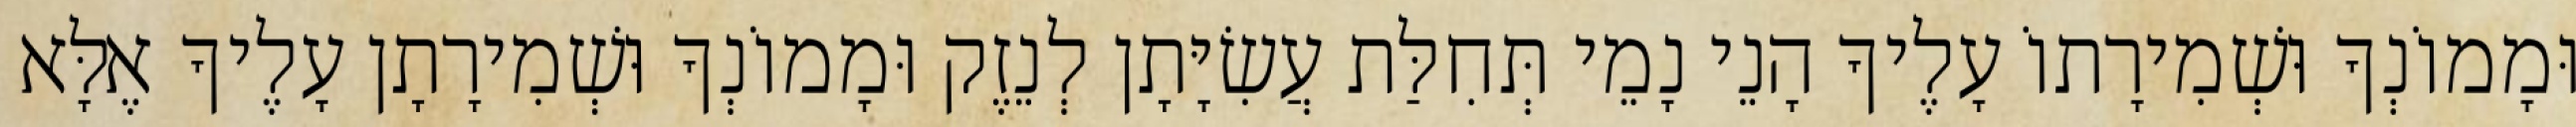
וּמָמוֹנְךָ וּשְׁמִירָתוֹ עָלֶיךָ הָנֵי נָמֵי תְּחִלַּת עֲשִׂיָּתָן לְנֵזֶק וּמָמוֹנְךָ וּשְׁמִירָתָן עָלֶיךָ אֶלָּא